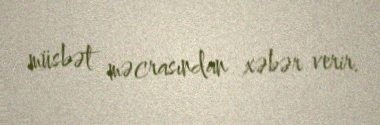
müsbət məcrasından xəbər verir.